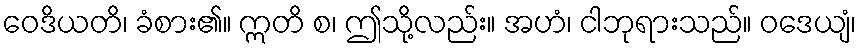
ဝေဒိယတိ၊ ခံစား၏။ ဣတိ စ၊ ဤသို့လည်း။ အဟံ၊ ငါဘုရားသည်။ ဝဒေယျံ၊